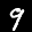
Label: 9